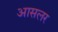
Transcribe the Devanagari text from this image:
आसलर